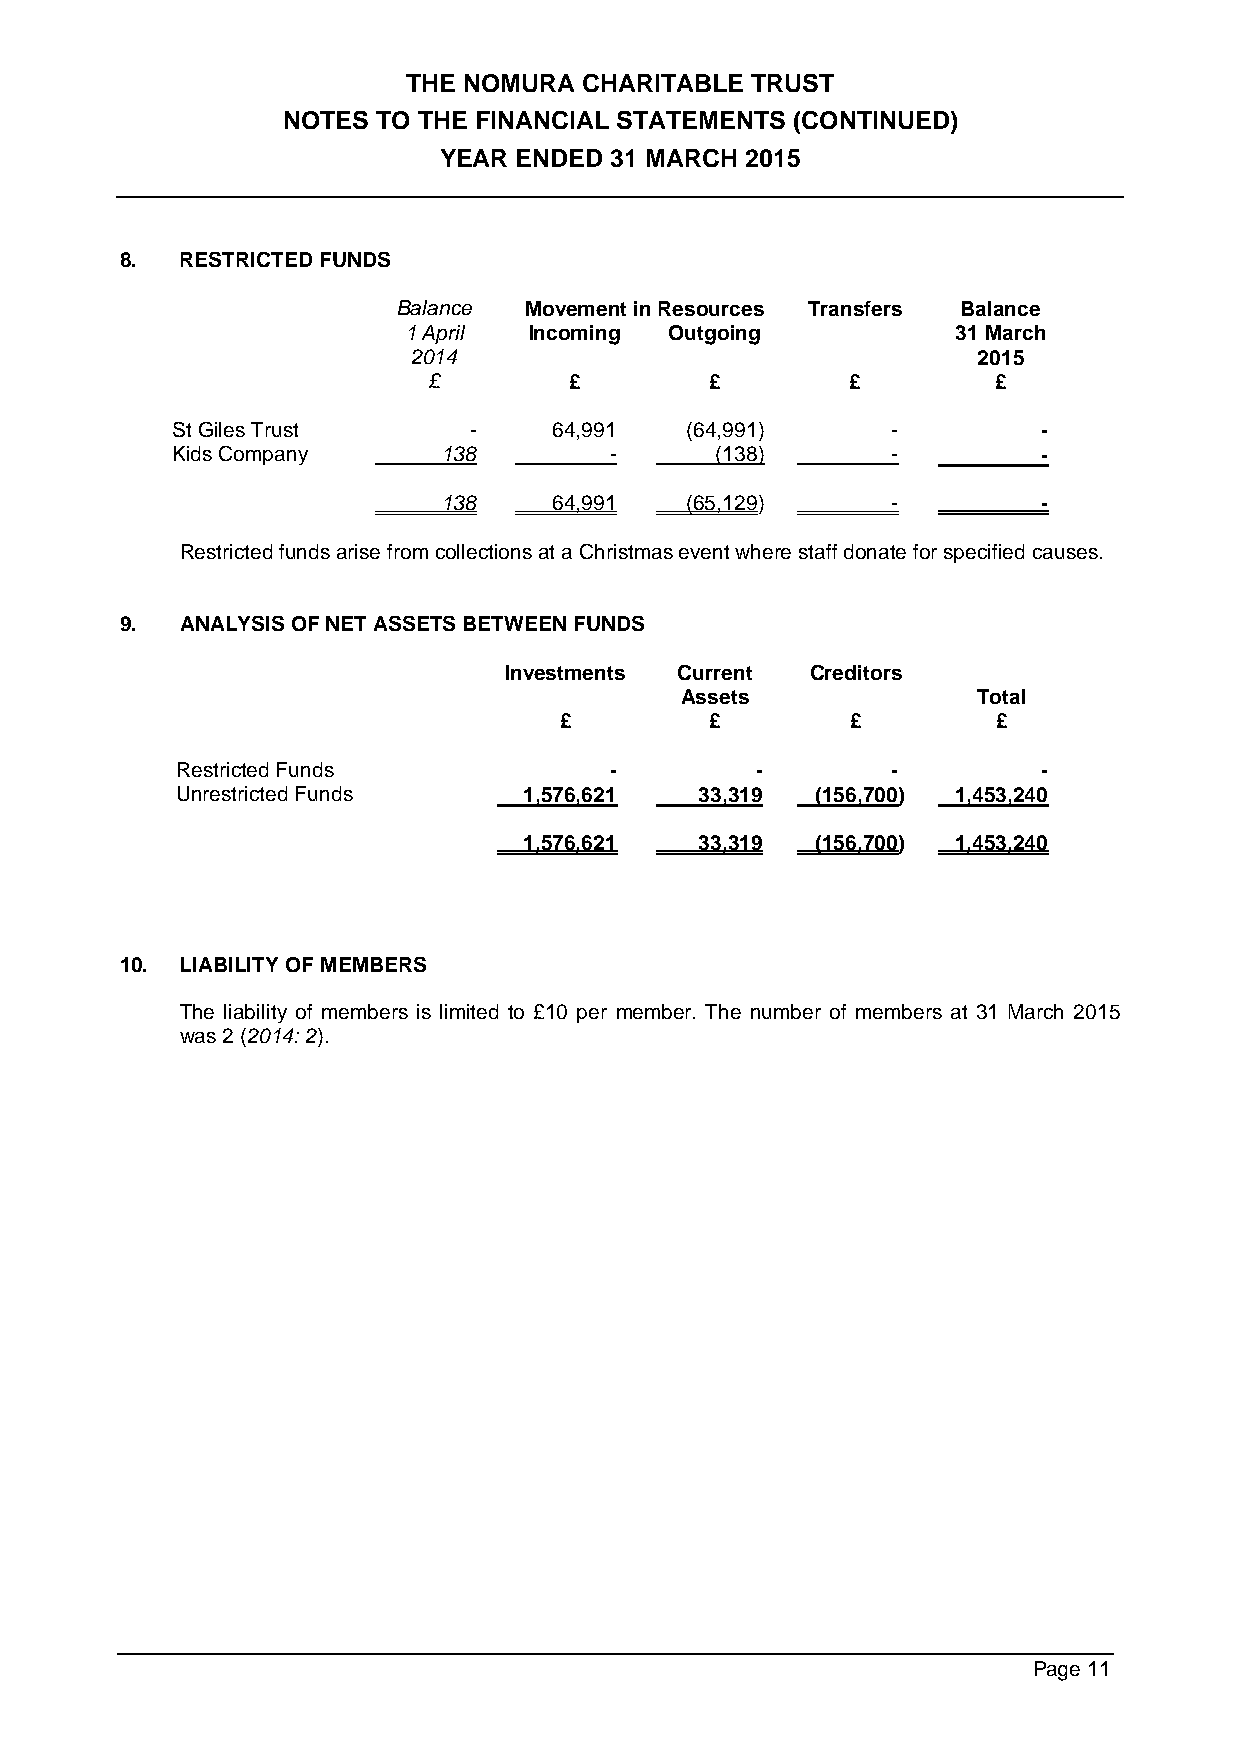
THE NOMURA  CHARITABLE TRUST
 NOTES TO THE FINANCIAL STATEMENTS (CONTINUED)
 YEAR ENDED 31 MARCH 2015
 8.  RESTRICTED FUNDS
 Balance  Movement in Resources Transfers Balance
 1 April Incoming Outgoing           31 March
 2014                                  2015
 £         £        £        £         £
 St Giles Trust      -     64,991  (64,991)      -         -
 Kids Company      138        -      (138)       -         -
 138     64,991  (65,129)      -         -
 Restricted funds arise from collections at a Christmas event where staff donate for specified causes.
 9.  ANALYSIS OF NET ASSETS BETWEEN FUNDS
 Investments Current  Creditors
 Assets              Total
 £         £        £         £
 Restricted Funds            -         -        -         -
 Unrestricted Funds     1,576,621  33,319  (156,700) 1,453,240
 1,576,621  33,319  (156,700) 1,453,240
 10. LIABILITY OF MEMBERS
 The liability of members is limited to £10 per member. The number of members at 31 March 2015
 was 2 (2014: 2).
 Page 11